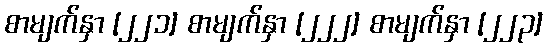
စာမျက်နှာ [၂၂၁] စာမျက်နှာ [၂၂၂] စာမျက်နှာ [၂၂၃]